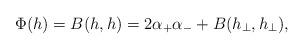
LaTeX: \begin{align*}\Phi(h)=B(h,h)= 2 \alpha_+ \alpha_- + B(h_\perp, h_\perp),\end{align*}